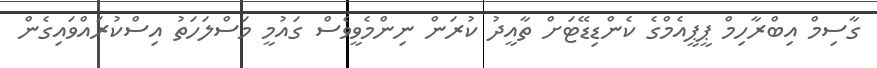
ގާސިމް އިބްރާހިމް ޕީޕީއެމްގެ ކެންޑިޑޭޓަށް ތާއީދު ކުރަން ނިންމެވީވެސް ގައުމީ މަސްލަހަތު އިސްކުރައްވައިގެން